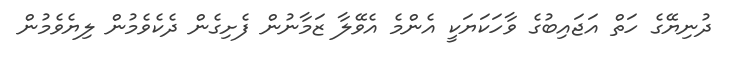
ދުނިޔޭގެ ހަތް އަޖައިބުގެ ވާހަކަޔަކީ އެންމެ އެވޭލާ ޒަމާނުން ފެށިގެން ދެކެވެމުން ލިޔެވެމުން